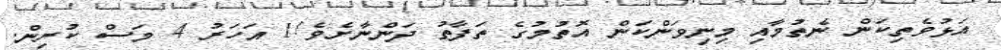
އަޅުވެތިކަން ނެތުމާއި މިނިވަންކަން އޮތުމުގެ ތަފާތު ދަންނާށެވެ!1 އަހަރު 4 މަސް ކުރިން.